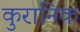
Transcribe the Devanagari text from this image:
कुरानिक